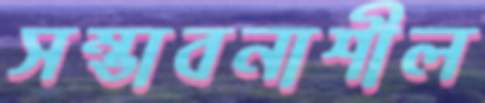
সম্ভাবনাশীল